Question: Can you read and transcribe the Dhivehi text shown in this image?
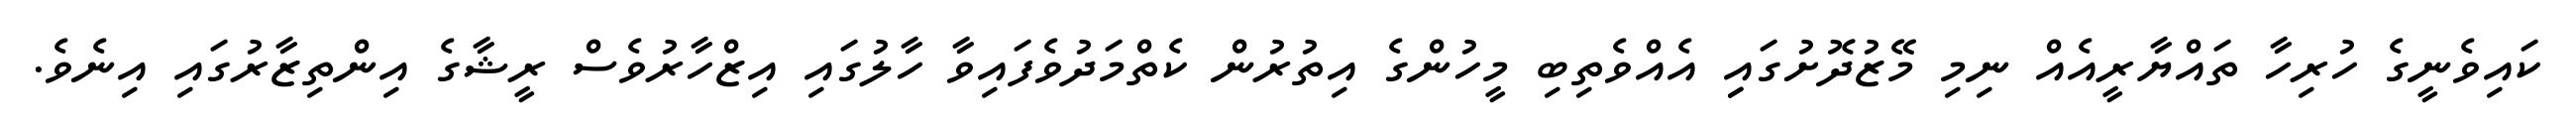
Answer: ކައިވެނީގެ ހުރިހާ ތައްޔާރީއެއް ނިމި މޭޒުދޮށުގައިި އެއްވެތިބި މީހުންގެ އިތުރުން ކެތްމަދުވެފައިވާ ހާލުގައި އިޒްހާރުވެސް ރީޝާގެ އިންތިޒާރުގައި އިނެވެ.